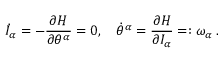
\dot { I } _ { \alpha } = - \frac { \partial H } { \partial \theta ^ { \alpha } } = 0 , \quad \dot { \theta } ^ { \alpha } = \frac { \partial H } { \partial I _ { \alpha } } = : \omega _ { \alpha } \; .